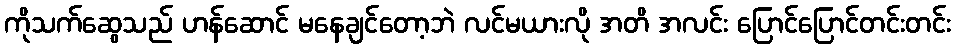
ကိုသက်ဆွေသည် ဟန်ဆောင် မနေချင်တော့ဘဲ လင်မယားလို အတိ အလင်း ပြောင်ပြောင်တင်းတင်း